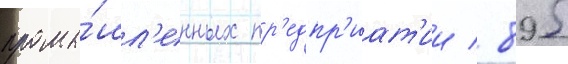
промы́шл'енных пр'едпр'иат'ии / 895